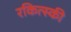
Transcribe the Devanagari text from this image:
रकित्स्की